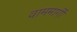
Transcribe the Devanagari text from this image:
वाममार्गी